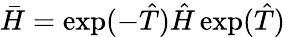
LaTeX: \bar{H}=\exp(-\hat{T})\hat{H}\exp(\hat{T})